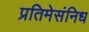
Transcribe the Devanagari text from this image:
प्रतिमेसंनिध